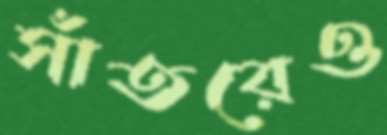
সাঁতরেও